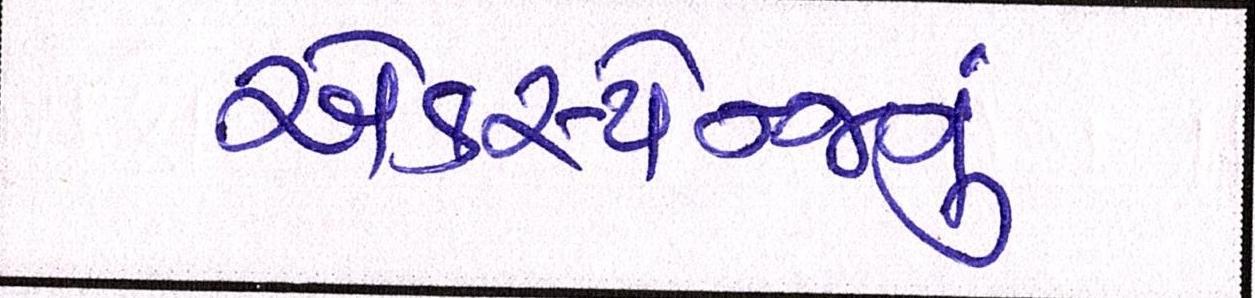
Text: એક્સ્ચેન્જનું